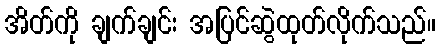
အိတ်ကို ချက်ချင်း အပြင်ဆွဲထုတ်လိုက်သည်။